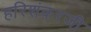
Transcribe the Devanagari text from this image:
हरिशंकरजी